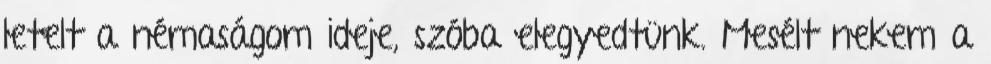
letelt a némaságom ideje, szóba elegyedtünk. Mesélt nekem a